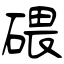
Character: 碨